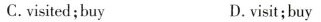
C.visited;buy D.visit;buy